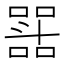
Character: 𭤝